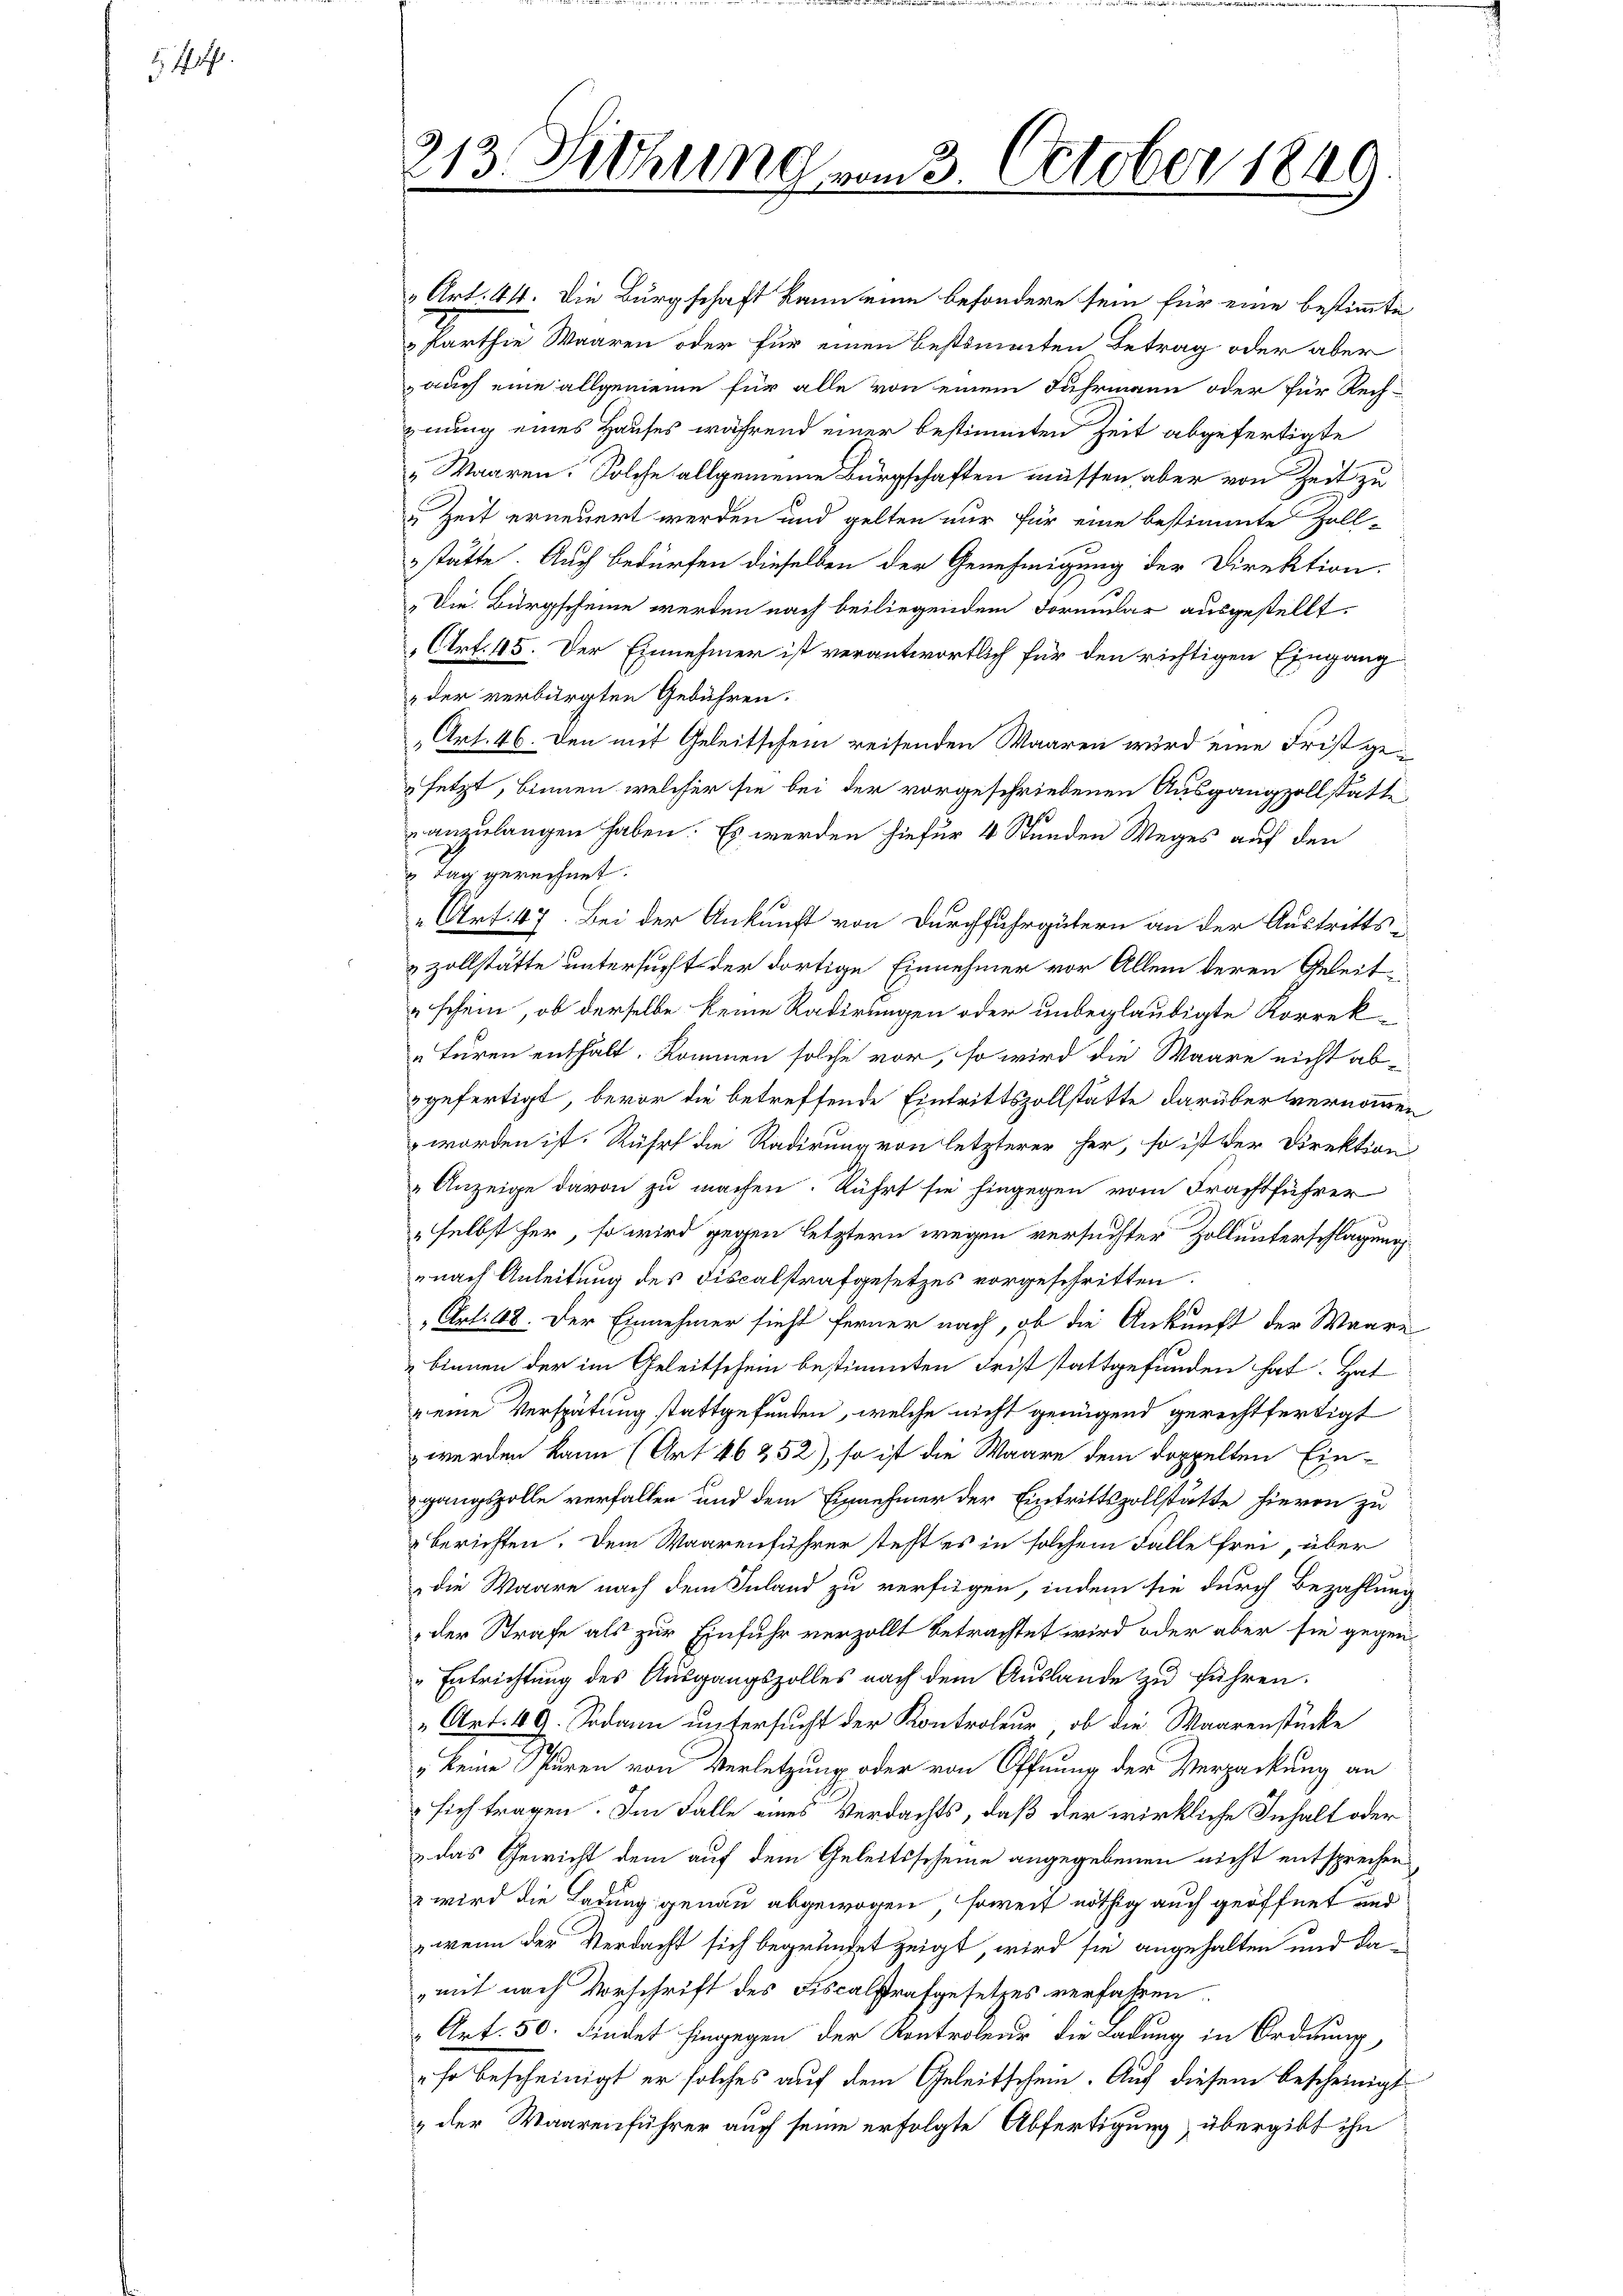
§.14.

Art. 44. Die Bürgschaft kann eine besondere sein für eine bestimmte
Parthie Waaren oder für einen bestimmten Betrag oder aber
auch eine allgemeine für alle von einem Fuhrmann oder für Rechnung eines Hauses während einer bestimmten Zeit abgefertigte
„Waaren. Solche allgemeine Bürgschaften müssen aber von Zeit zu
u Zeit erneuert werden und gelten nur für eine bestimmte Zoll-
stätte. Auch Bedürfen dieselben der Genehmigung der Direktion.
„Die Bürgscheine werden nach beiliegendem Formular ausgestellt.
Art. 45. Der Einnehmer ist verantwortlich für den richtigen Eingang
z der verbürgten Gebühren.
Art. 46. Den mit Geleitschein reisenden Waaren wird eine Frist gesetzt, binnen welcher sie bei der vorgeschriebenen Ausgangzollstatte
anzulangen haben. Es werden hiefür 4 Stunden Weges auf den
 Tag gerechnet.
„Art. 47. Bei der Ankunft von Durchfuhrgütern an der Austritts¬
& Zollstätte untersucht der dortige Einnehmer vor Allem deren Geleit
schein, ob derselbe keine Radirungen oder unbeglaubigte Korrek¬
„turen enthalt. Kommen solche vor, so wird die Waare nicht abgefertigt, bevor die betreffende Eintrittszollstätte darüber vernommen,
worden ist. Rührt die Radirung von letzterer her, so ist der Direktion
"Anzeige davon zu machen. Kührt sie hingegen vom Frachtführer
„selbst her, so wird gegen letztern wegen versuchter Zoll unterschlagung
nach Anleitung des Fiscalstrafgesetzes vorgeschritten.
Art: 48. Der Einnehmer sieht ferner nach, ob die Ankunft der Waare
binnen der im Geleitschein bestimmten Frist stattgefunden hat. Hat
" eine Verspätung stattgefunden, welche nicht genügend gerechtfertigt
werden kann (Art. 46252), so ist die Waare dem doppelten Ein-
gangszolle verfallen und dem Einnehmer der Eintrittszollstätte hievon zu
berichten. Dem Waarenführer steht es in solchem Falle frei, über
die Waare nach dem Inland zu verfügen, indem sie durch Bezahlung
der Strafe als zur Einfuhr verzollt betrachtet wird oder aber sie gegen
" Entrichtung des Ausgangszolles nach dem Auslande zu führen.
„Art. 19. Sodann untersucht der Kontroleur, ob die Waarenstücke
„keine Spuren von Verletzung oder von Öffnung der Verpackung an
sich tragen. Im Falle eines Verdachts, daß der wirkliche Inhalt oder
 das Gewicht dem auf dem Geleitsscheine angegebenen nicht entsprechen
2 wird die Ladung genau abgewogen, soweit nöthig auch geöffnet und
, wenn der Verdacht sich begründet zeigt, wird sie angehalten und da
„mit nach Vorschrift des Fiscalstrafgesetzes verfahren
Art. 50. Findet hingegen der Kontroleur die Ladung in Ordnung,
so bescheinigt er solches auf dem Geleitschein. Auf diesem bescheinigt
z der Waarenführer auch seine erfolgte Abfertigung übergibt ihn

213. Diehung vom 3. October 1849.